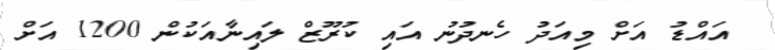
އައްޑު އަށް މިއަދު ހެނދުނު އައި ކުރޫޒް ލައިނާއަކުން 1200 އަށް